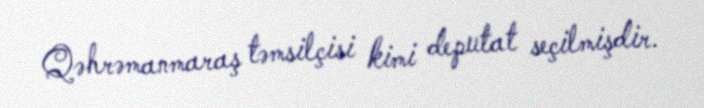
Qəhrəmanmaraş təmsilçisi kimi deputat seçilmişdir.